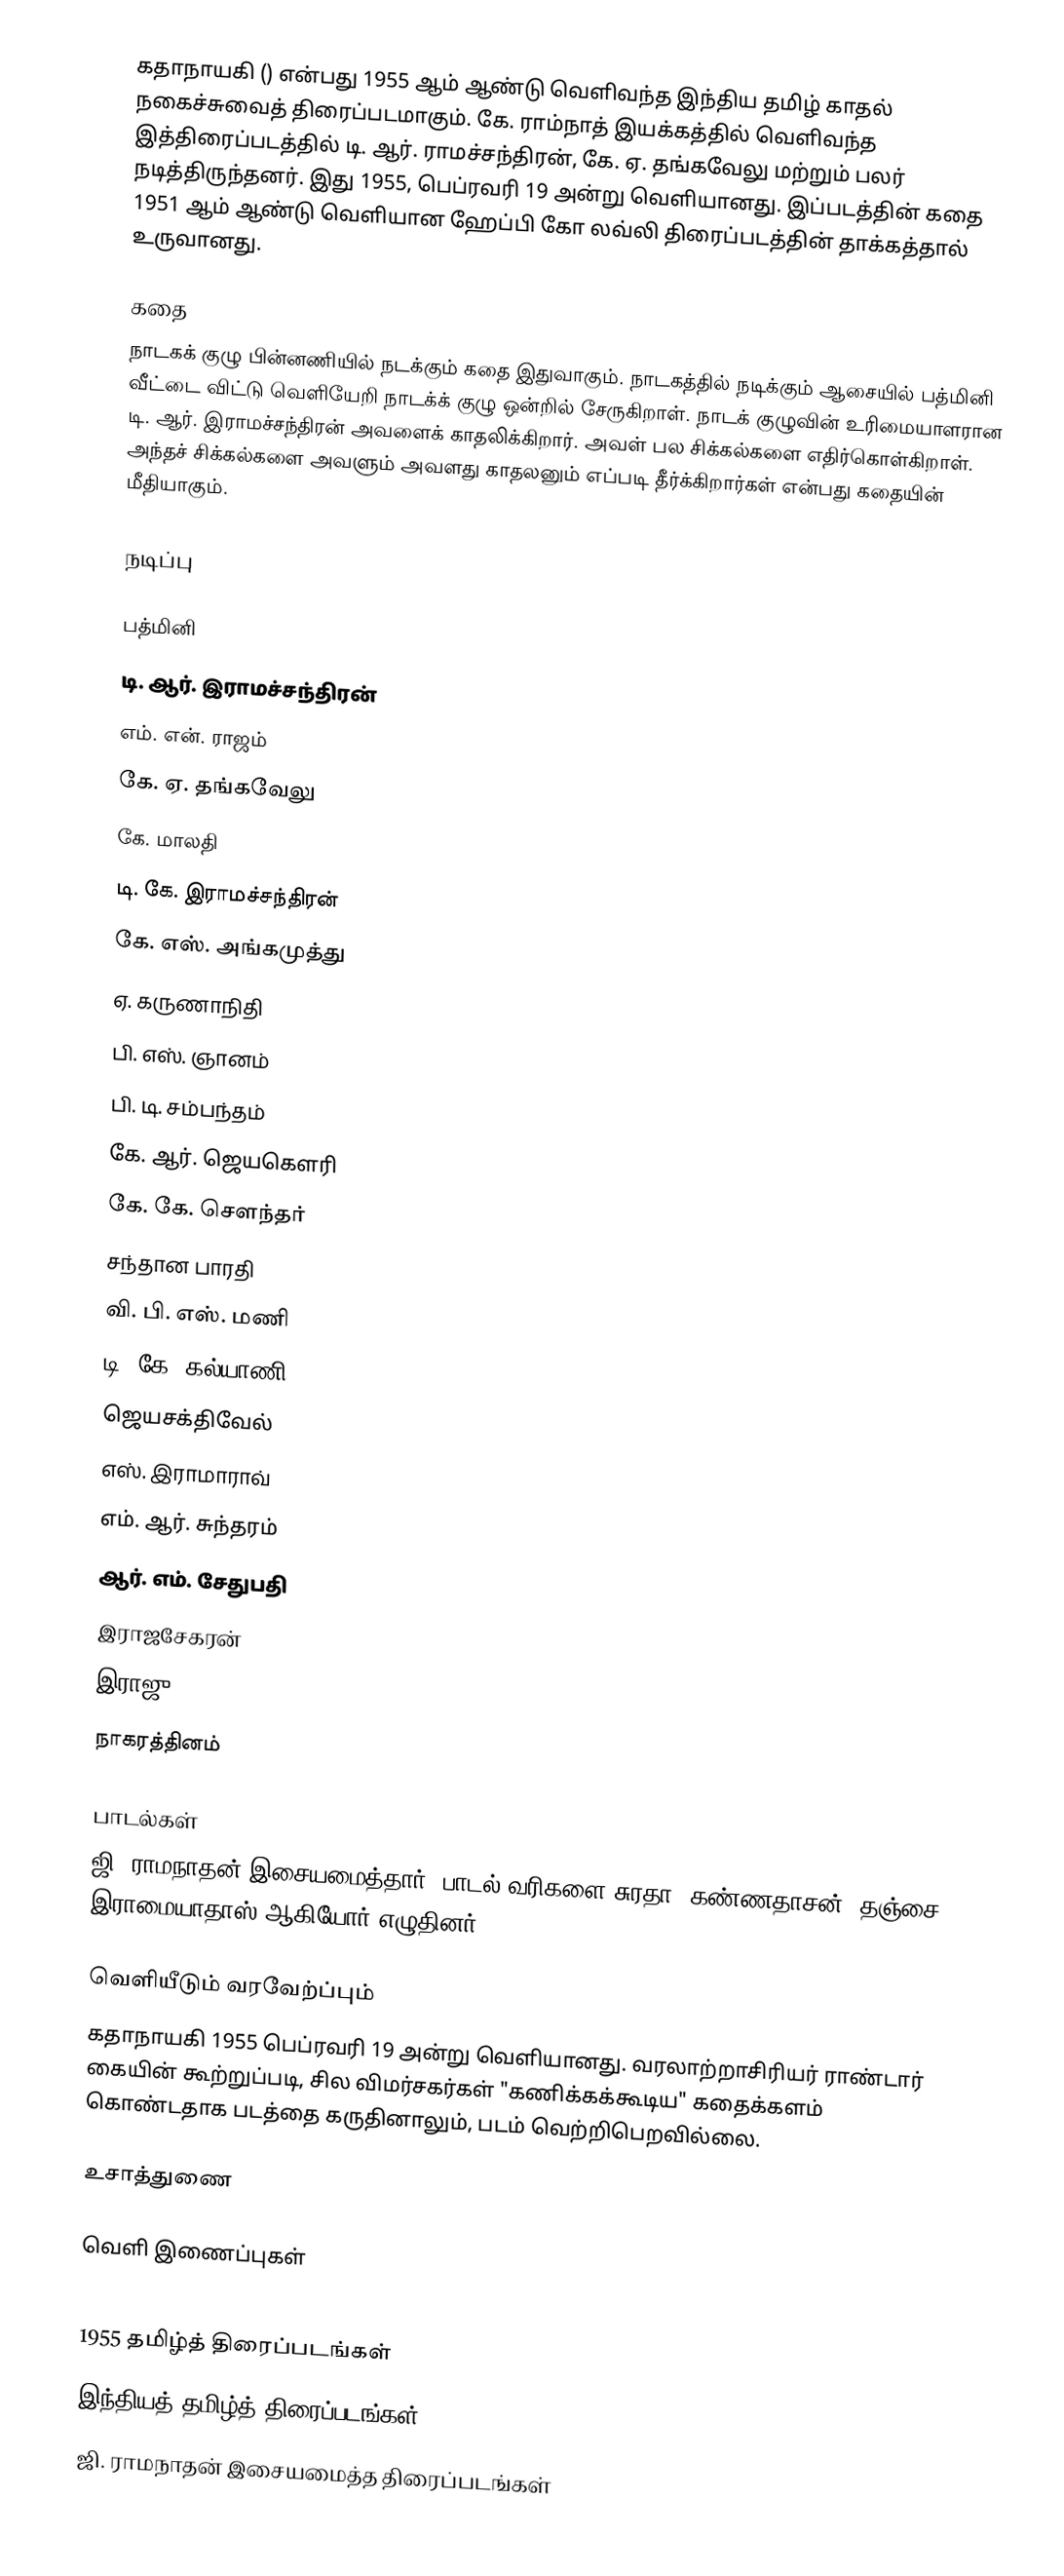
கதாநாயகி () என்பது  1955 ஆம் ஆண்டு வெளிவந்த இந்திய தமிழ் காதல் நகைச்சுவைத் திரைப்படமாகும். கே. ராம்நாத் இயக்கத்தில் வெளிவந்த இத்திரைப்படத்தில் டி. ஆர். ராமச்சந்திரன், கே. ஏ. தங்கவேலு மற்றும் பலர் நடித்திருந்தனர். இது 1955, பெப்ரவரி 19 அன்று வெளியானது. இப்படத்தின் கதை 1951 ஆம் ஆண்டு வெளியான ஹேப்பி கோ லவ்லி திரைப்படத்தின் தாக்கத்தால் உருவானது.

கதை
நாடகக் குழு பின்னணியில் நடக்கும் கதை இதுவாகும். நாடகத்தில் நடிக்கும் ஆசையில் பத்மினி வீட்டை விட்டு வெளியேறி நாடக்க் குழு ஒன்றில் சேருகிறாள். நாடக் குழுவின் உரிமையாளரான டி. ஆர். இராமச்சந்திரன் அவளைக் காதலிக்கிறார். அவள் பல சிக்கல்களை எதிர்கொள்கிறாள். அந்தச் சிக்கல்களை அவளும் அவளது காதலனும் எப்படி தீர்க்கிறார்கள் என்பது கதையின் மீதியாகும்.

நடிப்பு

பத்மினி
டி. ஆர். இராமச்சந்திரன்
எம். என். ராஜம்
கே. ஏ. தங்கவேலு
கே. மாலதி
டி. கே. இராமச்சந்திரன்
கே. எஸ். அங்கமுத்து
ஏ. கருணாநிதி
பி. எஸ். ஞானம்
பி. டி. சம்பந்தம்
கே. ஆர். ஜெயகௌரி
கே. கே. சௌந்தர்
சந்தான பாரதி
வி. பி. எஸ். மணி
டி. கே. கல்யாணி
ஜெயசக்திவேல்
எஸ். இராமாராவ்
எம். ஆர். சுந்தரம்
ஆர். எம். சேதுபதி
இராஜசேகரன்
இராஜு
நாகரத்தினம்

பாடல்கள்
ஜி. ராமநாதன் இசையமைத்தார். பாடல் வரிகளை சுரதா, கண்ணதாசன், தஞ்சை இராமையாதாஸ் ஆகியோர் எழுதினர்.

வெளியீடும் வரவேற்ப்பும்
கதாநாயகி 1955 பெப்ரவரி 19 அன்று வெளியானது. வரலாற்றாசிரியர் ராண்டார் கையின் கூற்றுப்படி, சில விமர்சகர்கள் "கணிக்கக்கூடிய" கதைக்களம் கொண்டதாக படத்தை கருதினாலும், படம் வெற்றிபெறவில்லை.

உசாத்துணை

வெளி இணைப்புகள்

1955 தமிழ்த் திரைப்படங்கள்
இந்தியத் தமிழ்த் திரைப்படங்கள்
ஜி. ராமநாதன் இசையமைத்த திரைப்படங்கள்